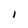
Character: 1